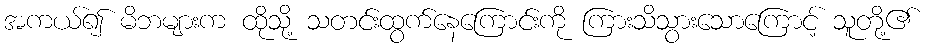
အကယ်၍ မိဘများက ထိုသို့ သတင်းထွက်နေကြောင်းကို ကြားသိသွားသောကြောင့် သူတို့၏